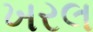
ખરલ